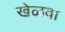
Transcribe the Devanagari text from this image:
खेळवा